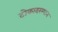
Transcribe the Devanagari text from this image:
टोकादरम्यान